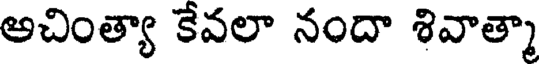
అచింత్యా కేవలా నందా శివాత్మా